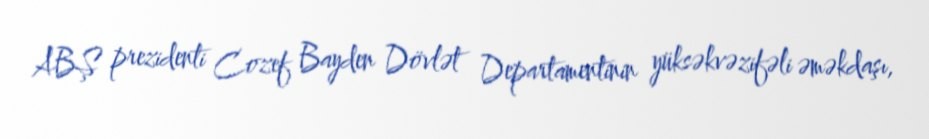
ABŞ prezidenti Cozef Bayden Dövlət Departamentinin yüksəkvəzifəli əməkdaşı,